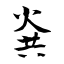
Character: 烡